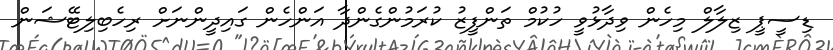
ޑިސީޕީ ޒިލާލް މިހެން ވިދާޅުވީ ހުކުމް ތަންފީޒު ކުރަމުންގެންދާ އަންހެން ގައިދީންނަށް ރިހެބިލިޓޭޝަން